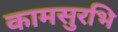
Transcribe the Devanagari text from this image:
कामसुरभि